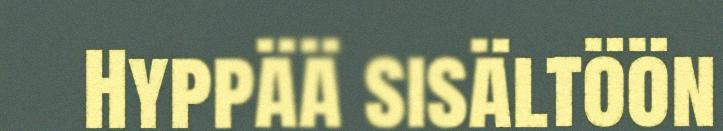
Hyppää sisältöön